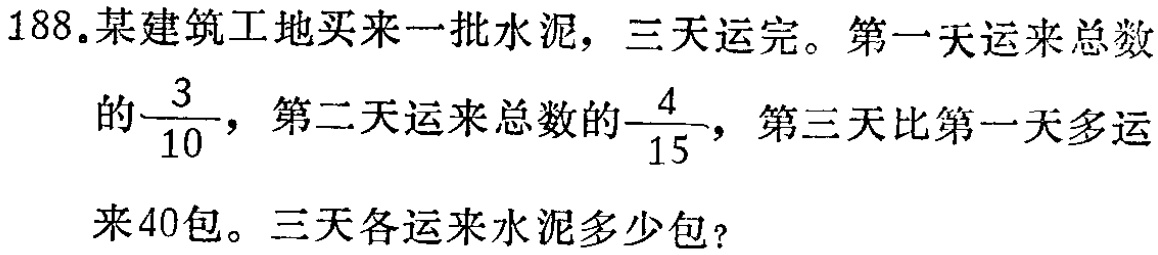
188.某建筑工地买来一批水泥，三天运完。第一天运来总数的$\frac{3}{10}$，第二天运来总数的$\frac{4}{15}$，第三天比第一天多运来40包。三天各运来水泥多少包?